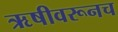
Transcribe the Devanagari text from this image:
ऋषीवरूनच